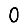
Digit: 0